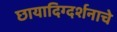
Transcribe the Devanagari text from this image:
छायादिग्दर्शनाचे